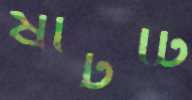
ষাটটি